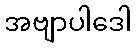
အဗျာပါဒေါ